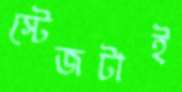
স্টেজটাই